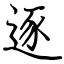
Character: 逐